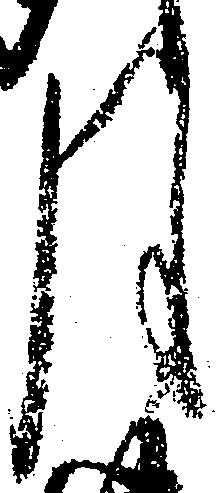
月